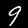
Label: 9